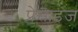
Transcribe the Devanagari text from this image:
प्रेसाइज